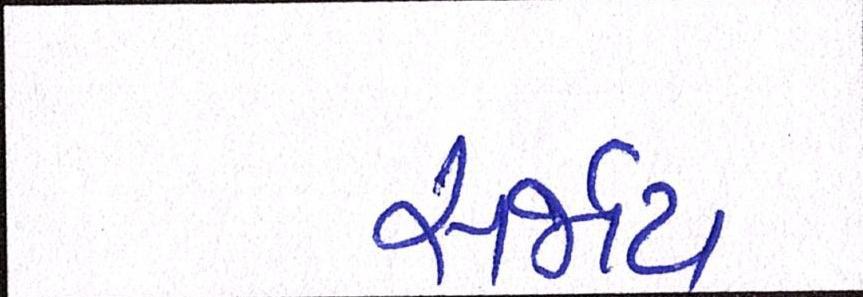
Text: સર્જાય